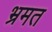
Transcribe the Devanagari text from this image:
भ्रमत